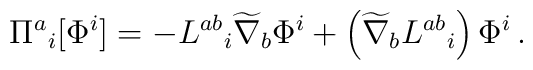
\Pi^a{}_i [\Phi^i] =- L^{a b}{}_i \widetilde{\nabla}_b \Phi^i + \left( \widetilde{\nabla}_b L^{a b}{}_i \right) \Phi^i \,.